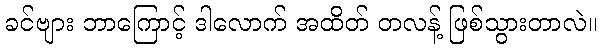
ခင်ဗျား ဘာကြောင့် ဒါလောက် အထိတ် တလန့် ဖြစ်သွားတာလဲ။